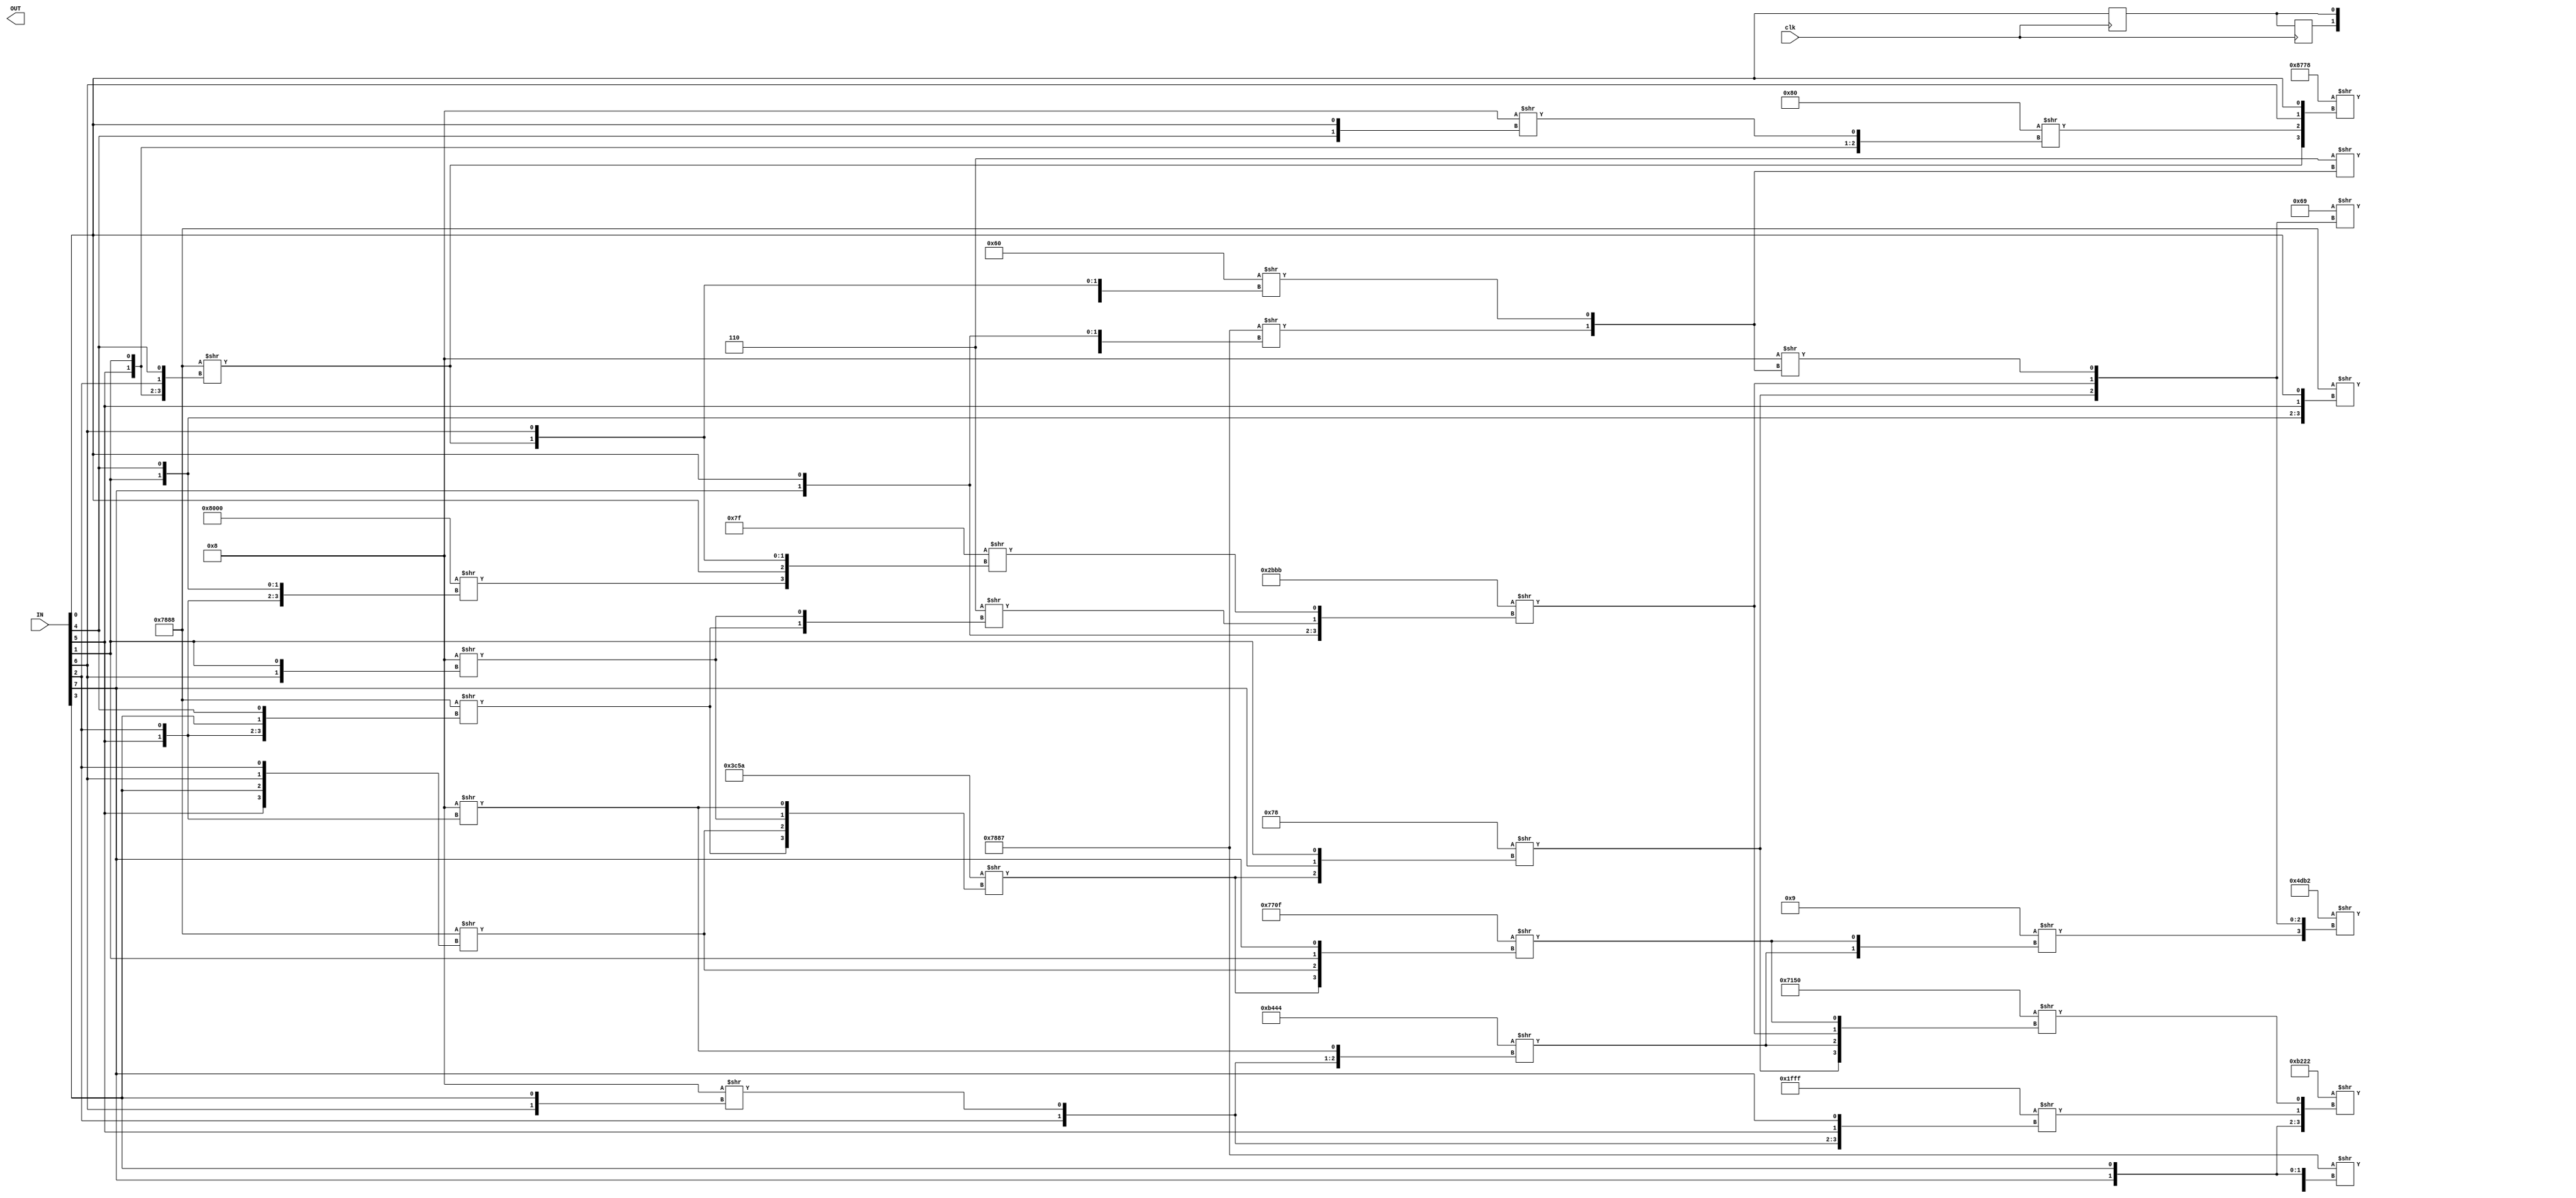
/* Generated by Yosys 0.33+34 (git sha1 b84ed5d3a, clang 10.0.0-4ubuntu1 -fPIC -Os) */

(* top =  1  *)
(* src = "/home/kmgroup/projects/tutorial/fpga_cad_flow/example_designs/simple_fpga_mul_test/inputs/mul.v:1.1-29.10" *)
module mul(IN, OUT, clk);
  wire _00_;
  wire _01_;
  wire _02_;
  wire _03_;
  wire _04_;
  wire _05_;
  wire _06_;
  wire _07_;
  wire _08_;
  wire _09_;
  wire _10_;
  wire _11_;
  wire _12_;
  wire _13_;
  wire _14_;
  wire _15_;
  wire _16_;
  wire _17_;
  wire _18_;
  wire _19_;
  wire _20_;
  (* src = "/home/kmgroup/projects/tutorial/fpga_cad_flow/example_designs/simple_fpga_mul_test/inputs/mul.v:3.19-3.21" *)
  input [127:0] IN;
  wire [127:0] IN;
  (* src = "/home/kmgroup/projects/tutorial/fpga_cad_flow/example_designs/simple_fpga_mul_test/inputs/mul.v:4.21-4.24" *)
  output [127:0] OUT;
  wire [127:0] OUT;
  (* src = "/home/kmgroup/projects/tutorial/fpga_cad_flow/example_designs/simple_fpga_mul_test/inputs/mul.v:10.9-10.11" *)
  reg R0;
  (* src = "/home/kmgroup/projects/tutorial/fpga_cad_flow/example_designs/simple_fpga_mul_test/inputs/mul.v:10.13-10.17" *)
  reg R0_1;
  (* src = "/home/kmgroup/projects/tutorial/fpga_cad_flow/example_designs/simple_fpga_mul_test/inputs/mul.v:5.11-5.14" *)
  input clk;
  wire clk;
  assign OUT[32] = 4'h8 >> { IN[4], IN[0] };
  assign OUT[33] = 16'h7888 >> { IN[1], IN[4], IN[5], IN[0] };
  assign OUT[34] = 16'h8778 >> { _01_, _00_, IN[6], IN[0] };
  assign _00_ = 8'h80 >> { IN[5], IN[1], OUT[32] };
  assign _01_ = 16'h7888 >> { IN[5], IN[1], IN[2], IN[4] };
  assign OUT[35] = 4'h6 >> { _03_, _02_ };
  assign _02_ = 8'h60 >> { _00_, _01_, IN[6] };
  assign _03_ = 16'h7887 >> { _06_, _04_, IN[7], IN[0] };
  assign _04_ = 16'h007f >> { _05_, IN[0], _01_, IN[6] };
  assign _05_ = 16'h8000 >> { IN[5], IN[2:1], IN[4] };
  assign _06_ = 4'h6 >> { _08_, _07_ };
  assign _07_ = 4'h8 >> { IN[6], IN[1] };
  assign _08_ = 16'h7888 >> { IN[5], IN[2], IN[3], IN[4] };
  assign OUT[36] = 8'h69 >> { _11_, _10_, _09_ };
  assign _09_ = 4'h8 >> { _03_, _02_ };
  assign _10_ = 16'h2bbb >> { IN[7], IN[0], _06_, _04_ };
  assign _11_ = 8'h78 >> { _12_, IN[7], IN[1] };
  assign _12_ = 16'h3c5a >> { _08_, _14_, _07_, _13_ };
  assign _13_ = 4'h8 >> { IN[5], IN[2] };
  assign _14_ = 16'h7888 >> { IN[5], IN[3], IN[6], IN[2] };
  assign OUT[37] = 16'h4db2 >> { _15_, _11_, _10_, _09_ };
  assign _15_ = 4'h9 >> { _17_, _16_ };
  assign _16_ = 16'h770f >> { _12_, _14_, IN[1], IN[7] };
  assign _17_ = 16'hb444 >> { IN[7], IN[2], _18_, _13_ };
  assign _18_ = 4'h8 >> { IN[6], IN[3] };
  assign OUT[38] = 16'h7887 >> { _20_, _19_, IN[7], IN[3] };
  assign _19_ = 16'h7150 >> { _11_, _17_, _10_, _16_ };
  assign _20_ = 16'h1fff >> { IN[2], _18_, IN[5], IN[7] };
  assign OUT[39] = 16'hb222 >> { IN[7], IN[3], _20_, _19_ };
  (* src = "/home/kmgroup/projects/tutorial/fpga_cad_flow/example_designs/simple_fpga_mul_test/inputs/mul.v:22.2-25.5" *)
  always @(posedge clk)
    R0 <= R0_1;
  (* src = "/home/kmgroup/projects/tutorial/fpga_cad_flow/example_designs/simple_fpga_mul_test/inputs/mul.v:22.2-25.5" *)
  always @(posedge clk)
    R0_1 <= IN[0];
  assign { OUT[127:40], OUT[31:0] } = { 118'hxxxxxxxxxxxxxxxxxxxxxxxxxxxxxx, R0, R0_1 };
endmodule